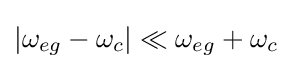
|\omega _{eg}-\omega _{c}|\ll \omega _{eg}+\omega _{c}